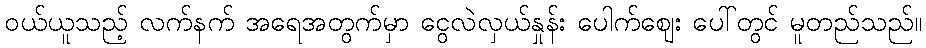
ဝယ်ယူသည့် လက်နက် အရေအတွက်မှာ ငွေလဲလှယ်နှုန်း ပေါက်ဈေး ပေါ်တွင် မူတည်သည်။